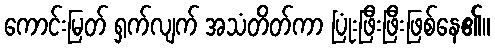
ကောင်းမြတ် ရှက်လျက် အသံတိတ်ကာ ပြုံးဖြီးဖြီးဖြစ်နေ၏။